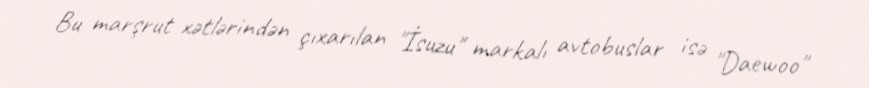
Bu marşrut xətlərindən çıxarılan "İsuzu" markalı avtobuslar isə "Daewoo"